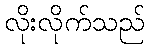
လိုးလိုက်သည်